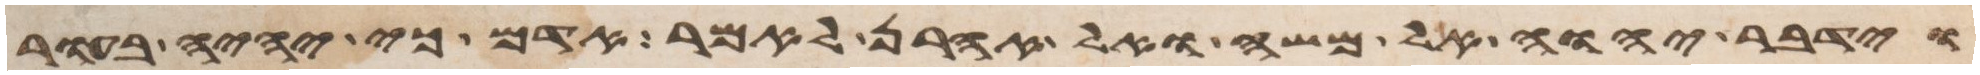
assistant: וידבר יהוה אל משה ואל אהרן לאמר אדם כי יהיה בעור